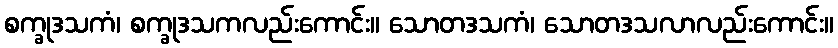
စက္ခုဒသကံ၊ စက္ခုဒသကလည်းကောင်း။ သောတဒသကံ၊ သောတဒသလာလည်းကောင်း။